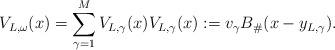
LaTeX: \begin{align*} V_{L,\omega}(x) = \sum_{\gamma=1}^M V_{L,\gamma}(x) V_{L,\gamma}(x) := v_\gamma B_\#(x-y_{L,\gamma}) .\end{align*}